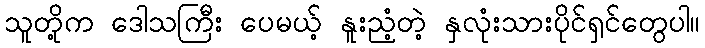
သူတို့က ဒေါသကြီး ပေမယ့် နူးညံ့တဲ့ နှလုံးသားပိုင်ရှင်တွေပါ။